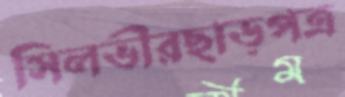
সিলভীরছাড়পত্র